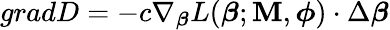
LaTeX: gradD=-c\nabla_{\boldsymbol{\beta}}L(\boldsymbol{\beta};\mathbf{M},\boldsymbol{\phi})\cdot\Delta\boldsymbol{\beta}